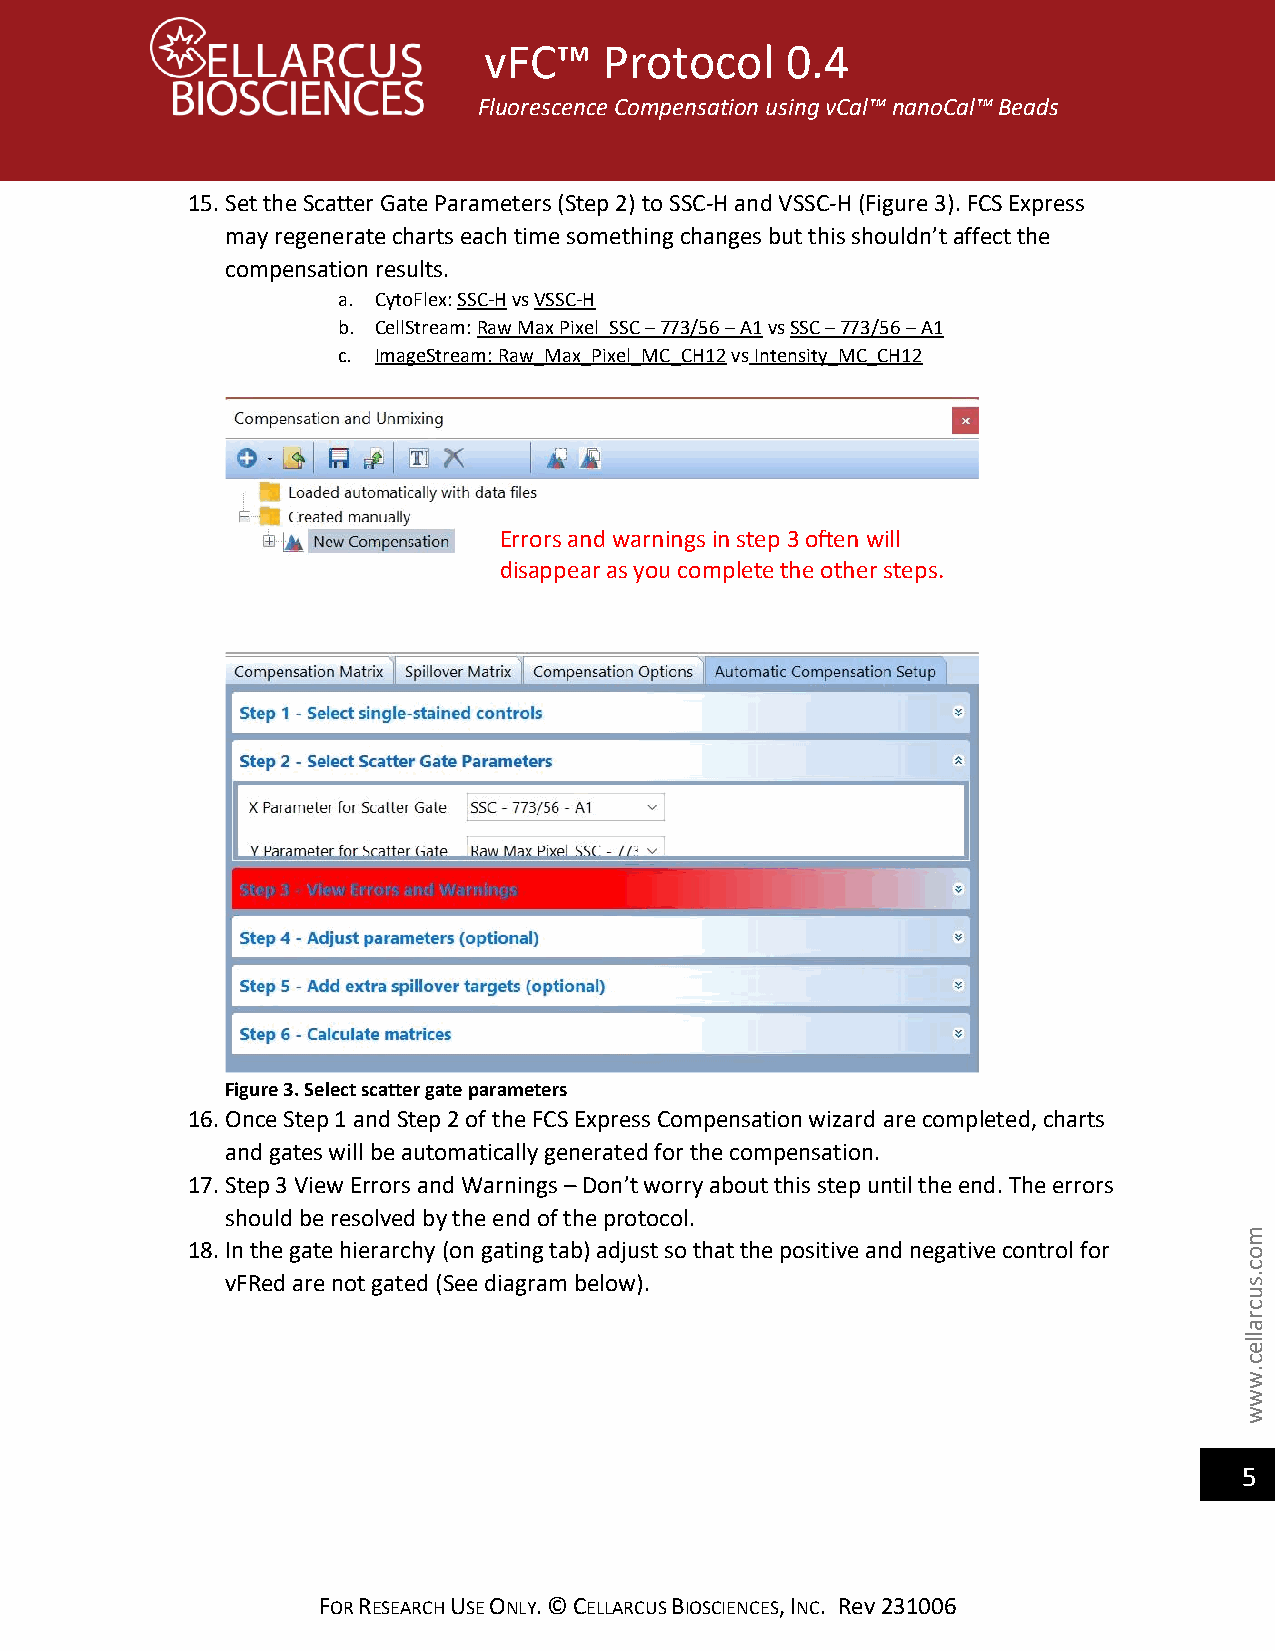
vFC™    Protocol    0.4
 Fluorescence Compensation using vCal™ nanoCal™ Beads
 15. Set the Scatter Gate Parameters (Step 2) to SSC-H and VSSC-H (Figure 3). FCS Express
 may regenerate charts each time something changes but this shouldn’t affect the
 compensation results.
 a. CytoFlex: SSC-H vs VSSC-H
 b. CellStream: Raw Max Pixel_SSC – 773/56 – A1 vs SSC – 773/56 – A1
 c. ImageStream: Raw_Max_Pixel_MC_CH12 vs Intensity_MC_CH12
 Figure 3. Select scatter gate parameters
 16. Once Step 1 and Step 2 of the FCS Express Compensation wizard are completed, charts
 and gates will be automatically generated for the compensation.
 17. Step 3 View Errors and Warnings – Don’t worry about this step until the end. The errors
 should be resolved by the end of the protocol.
 m
 18. In the gate hierarchy (on gating tab) adjust so that the positive and negative control for o
 c
 vFRed are not gated (See diagram below).                           . s
 u
 c
 r
 a
 lle
 c
 .
 w
 w
 w
 5
 FOR RESEARCH USE ONLY. © CELLARCUS BIOSCIENCES, INC. Rev 231006
 d
 r ris oa rp sp ae na dr w
 a s
 a
 y
 ro n
 u
 in
 o
 s in
 p
 s tle et pe
 t h
 oe
 o
 et nh we
 r
 ill
 s t e p s